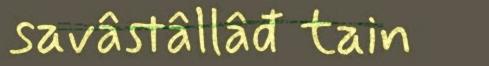
savâstâllâđ tain